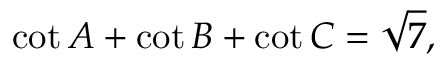
\cot A + \cot B + \cot C = { \sqrt { 7 } } ,